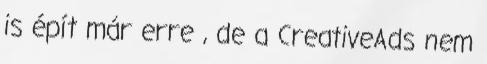
is épít már erre , de a CreativeAds nem